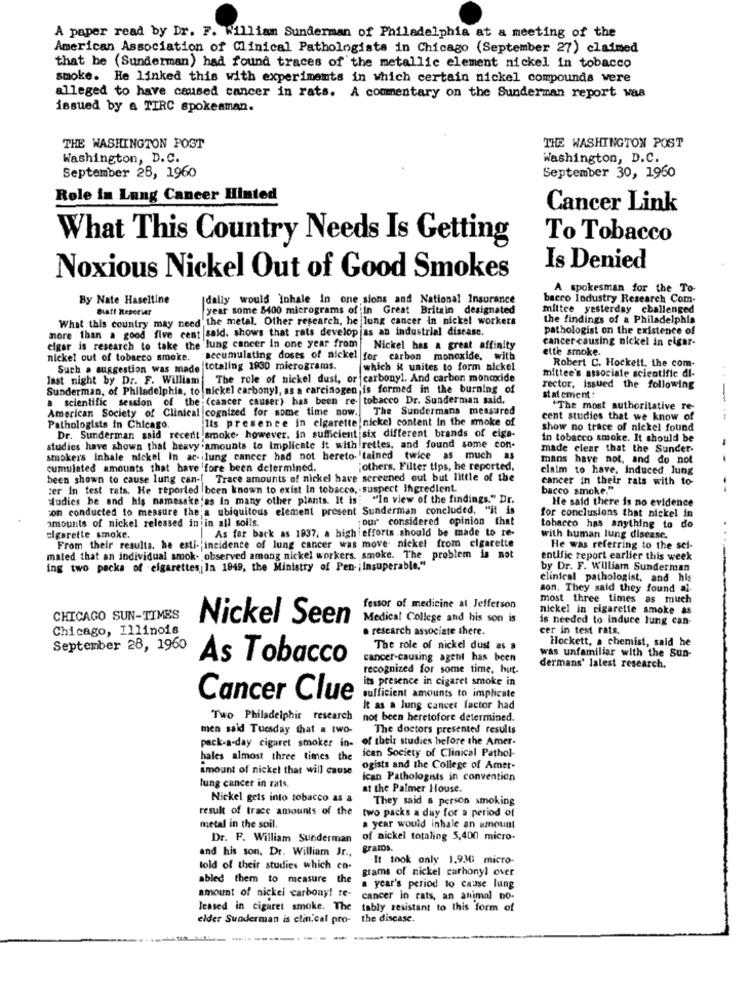
A paper read by Dr. F. William Sunderman of Philadelphia at a meeting of the
American Association of Clinical Pathologists in Chicago (September 27) claimed
that be (Sunderman) had found traces of the metallic element nickel in tobacco
smoke. He linked this with experiments in which certain nickel compounds were
alleged to have caused cancer in rats. A commentary on the Sunderman report was
issued by & TIRC spokesman.
THE WASHINGTON POST
THE WASHINGTON POST
Washington, D. C.
Washington, D.C.
September 28, 1960
September 30, 1960
Role in Lung Cancer Hinted
Cancer Link
What This Country Needs Is Getting
To Tobacco
Is Denied
Noxious Nickel Out of Good Smokes
A spokesman for the _To-
By Nate Haseltine
dally would inhale in one sions and National Insurance
bacro Industry Research Com-
Blatt Reperier
year some $400 micrograms of in Great Britain designated
mittee yesterday challenged
What this country may need the metal. Other research, he lung cancer in nickel workers
the findings of a Philadelphia
more than a good five cent said. shows that rats developjas an industrial disease.
pathologist on the existence of
cancer causing nickel in cigar-
cigar is research to take the lung cancer in one year from Nickel has a great affinity
ette smoke.
nickel out of tobacco smoke, accumulating doses of nickel for carbon monoxide. with
Robert C. Hockett, the com-
Such a suggestion was made totaling 1930 micrograms.
which it unites to form nickel
mittee's associate scientific di-
last night by Dr. F. William
The role of nickel dust, or carbonyl. And carbon monoxide
Sunderman, of Philadelphia, to nickel carbonyl, as a carcinogen is formed in the burning of
rector, issued the following
a scientific session of the (cancer causer) has been re- tobacco Dr. Sunderman said,
statement :
-
American Society of Clinical cognized for some time now.
The Sundermans measured
"The most authoritative re-
"Its presence in cigarette nickel content In the smoke of
cent studies that we know of
Pathologists in Chicago.
Dr. Sunderman said recent smoke. however. in sufficient six different brands of eige-
show no trace of nickel found
in tobacco smoke. It should be
studies have shown that heavy amounts to implicate it with rettes, and found some con-
made clear that the Sundet.
smokers inhale nickel In ac- lung cancer had not hereto- tained twice as much as
mans have not, and do not
- -
cumulated amounts that have fore been determined.
others. Filter tips, he reported,
claim to have, induced lung
been shown to cause lung can-[ Trace amounts of nickel have screened out but little of the
cancer in their rats with to-
:er In test rats. He reported been known to exist In tobacco, suspect Ingredient.
bacco smoke."
--
dudics be and his namesake;as In many other plants. It is: "In view of the findings." Dr.
He said there is no evidence
con conducted to measure the a ubiquitous element present Sunderman concluded, "it is
for conclusions that nickel in
amounts of nickel released in in all soils.
our considered opinion that
As far back as 1837, a high efforts should be made to re-
tobacco has anything to do
cigarette smoke.
From their results, he esti- incidence of lung cancer was move nickel from cigarette
with human lung disease.
He was referring to the sei-
mated that an individual smok- observed among nickel workers, smoke. The problem is not
entific report earlier this week
ing two packs of cigarettes In 1949, the Ministry of Pen- ; Insuperable."
by Dr. F. William Sunderman
clinical pathologist, and his
son. They said they found al-
most three times as much
fessor of medicine at Jefferson
nickel in cigarette smoke as
CHICAGO SUN-TIMES
Nickel Seen
Medical College and his son is
is needed to induce lung can-
Chicago, Illinois
. research associate there.
cer in test rats.
Hockett, a chemist, said he
September 28, 1960
The role of nickel dust as
As Tobacco
cancer-causing agent has been
was unfamiliar with the Sun-
recognized for some time, hut.
dermans' latest research.
its presence in cigaret smoke in
Cancer Clue
sufficient amounts to implicate
It as a lung cancer factor had
Two Philadelphir research not been heretofore determined.
men said Tuesday that a two-
The doctors presented results
pack-a-day cigaret smoker in- of their studies before the Amer-
hales almost three times the ican Society of Clinical Pathol-
amount of nickel that will cause
ogists and the College of Amer-
ican Pathologists in convention
lung cancer in rats.
at the Palmer House.
Nickel gets into tobacco as a
They said a person smoking
result of trace amounts of the
two packs a day for a period of
metal in the soil.
a year would inhale an amount
Dr. F. William Sunderman
of nickel totaling 5,400 micro-
and his son. Dr. William Jr .,
gramos.
It took only 1.930 micro-
told of their studies which co-
grams of nickel carbonyl over
abled them to measure the
a year's period to cause lung
amount of nickel carbony! re-
cancer in rats, an animal no-
leased in cigaret smoke. The
tably resistant to this form of
elder Suoderman is elin.cal pro- the disease.